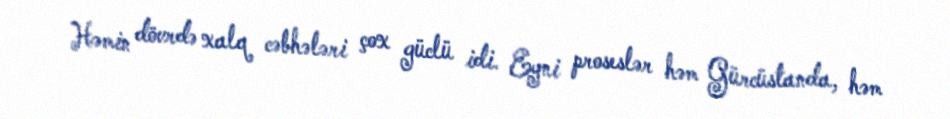
Həmin dövrdə xalq cəbhələri çox güclü idi. Eyni proseslər həm Gürcüstanda, həm